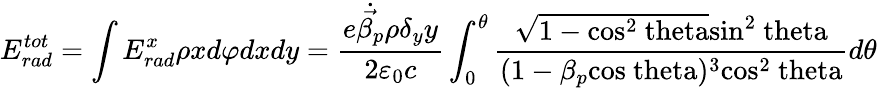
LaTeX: E_{rad}^{tot}=\int E_{rad}^{x}\rho xd\varphi dxdy=\frac{e\dot{\vec{\beta_{p}}}\rho\delta_{y}y}{2\varepsilon_{0}c}\int_{0}^{\theta}\frac{\sqrt{1-\mathrm{cos^{2}\ theta}}\mathrm{sin^{2}\ theta}}{(1-\beta_{p}\mathrm{cos\ theta})^{3}\mathrm{cos^{2}\ theta}}d\theta